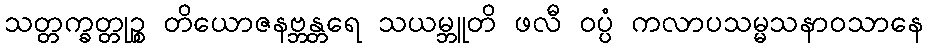
သတ္တက္ခတ္တုဉ္စ တိယောဇနဗ္ဘန္တရေ သယမ္ဘူတိ ဖလီ ဝပ္ပံ ကလာပသမ္မသနာဝသာနေ